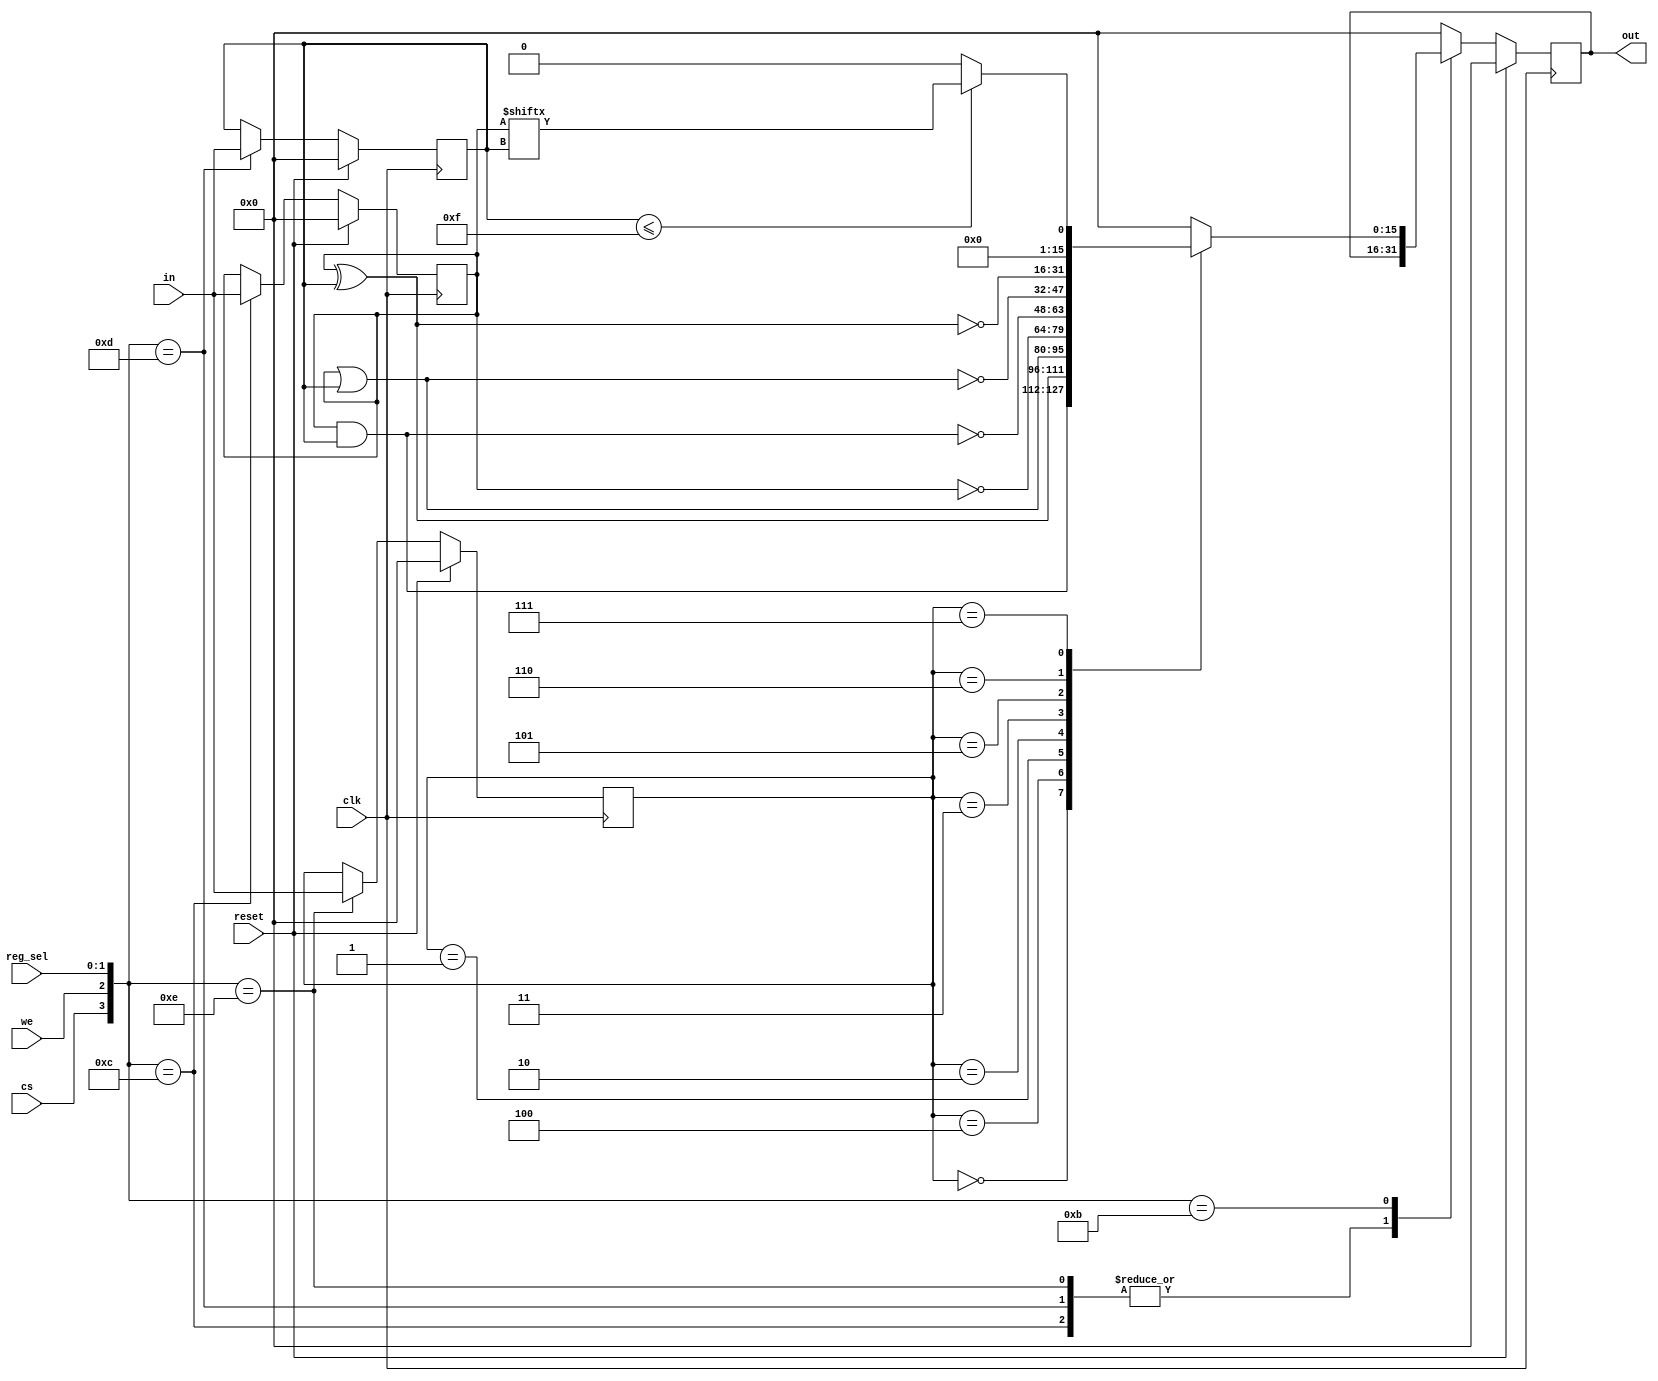
`timescale 1ns / 1ps

// Bitwise Module
module BWM(
	input clk, reset,
	input [15:0] in,
	input cs, we,
	input [1:0] reg_sel,
	output reg [15:0] out
    );
   
    
    // Reg. selectors:
    localparam D0_reg_sel = 2'd0;
    localparam D1_reg_sel = 2'd1;
    localparam OP_reg_sel = 2'd2;
    localparam OUT_reg_sel = 2'd3;
    
    // Op. codes:
    localparam AND_op = 16'd0;
    localparam OR_op = 16'd1;
    localparam NOT_op = 16'd2;
    localparam NAND_op = 16'd3;
    localparam XOR_op = 16'd4;
    localparam NOR_op = 16'd5;
    localparam XNOR_op = 16'd6;
    localparam BITSEL_op = 16'd7;

	reg [15:0] D0, D1, OP, RES;
    
    always@(posedge clk)
    	if (reset)
    	   	begin
    	    D0 <= 16'b0;  	    
			D1 <= 16'b0;
    		OP <= 16'b0;
    		out <= 16'b0;
    		end
    	else
			case({cs, we, reg_sel})
				{1'b1, 1'b1, D0_reg_sel}:  D0 <= in;
				{1'b1, 1'b1, D1_reg_sel}:  D1 <= in;
				{1'b1, 1'b1, OP_reg_sel}:  OP <= in;
				{1'b1, 1'b0, OUT_reg_sel}: out <= RES;
				default: out <= 16'b0;
			endcase
    	
    always@*
    	case(OP)
			AND_op: RES = (D0 & D1);
			XOR_op: RES = (D0 ^ D1);
			OR_op:  RES = (D0 | D1);
			NOT_op: RES = ~D0;
			NAND_op: RES = ~(D0 & D1);
			NOR_op: RES = ~(D0 | D1);
			XNOR_op: RES = ~(D0 ^ D1); 
			BITSEL_op: 
					begin
					if (D1 <= 15)
						RES = D0[D1];
					else
						RES = 16'b0;
					end
			default: RES = 16'b0;
    		endcase
endmodule